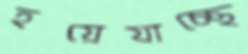
হয়েযাচ্ছে